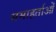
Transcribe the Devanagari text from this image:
समाहर्ताओं